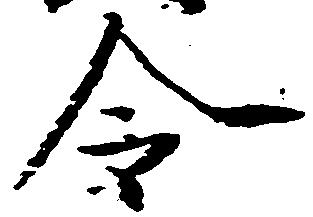
令